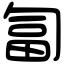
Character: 匐